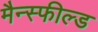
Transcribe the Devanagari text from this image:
मैन्स्फील्ड